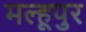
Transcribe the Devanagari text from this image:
मल्हूपुर